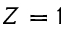
Z = 1